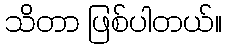
သိတာ ဖြစ်ပါတယ်။